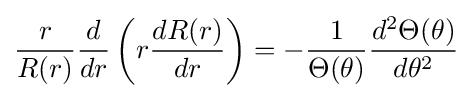
{\frac {r}{R(r)}}{\frac {d}{dr}}\left(r{\frac {dR(r)}{dr}}\right)=-{\frac {1}{\Theta (\theta )}}{\frac {d^{2}\Theta (\theta )}{d\theta ^{2}}}